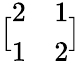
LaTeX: {\bigl[}{\begin{array}{ll}{2}&{1}\\ {1}&{2}\end{array}}{\bigr]}